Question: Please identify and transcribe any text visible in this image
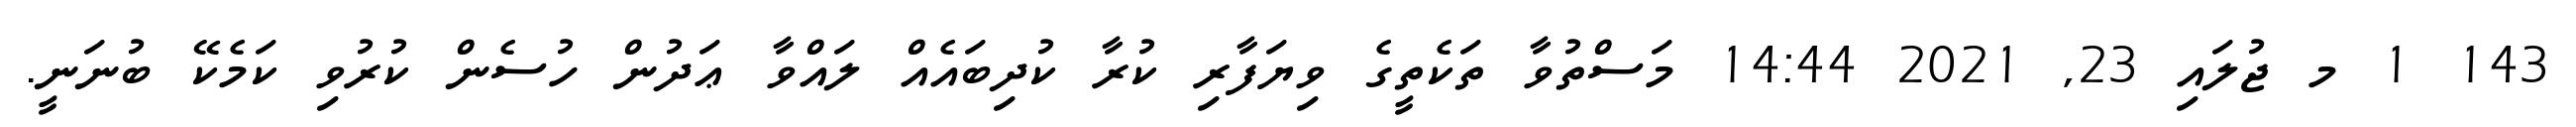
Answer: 143 1 މ ޖުލައި 23, 2021 14:44 މަސްތުވާ ތަކެތީގެ ވިޔަފާރި ކުރާ ކުދިބައެއް ލައްވާ ޢަދުން ހުސެން ކުރުވި ކަމެކޭ ބުނަނީ.